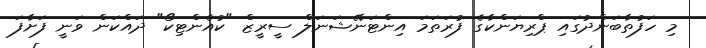
މި ހަފުތާބަންދުގައި ޕްރިޔަންކާގެ ފުރަތަމަ އިންޓަނޭޝަނަލް ސީރީޒް "ކުއެންޓިކޯ" ދައްކަން ވަނީ ފަށާފަ